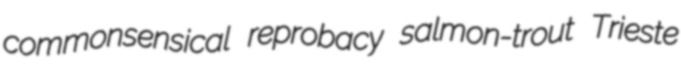
commonsensical reprobacy salmon-trout Trieste